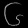
Digit: ၆